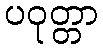
ပဝုတ္တာ